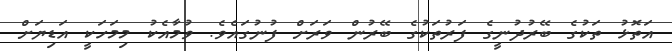
އަތޮޅު ތަކުގެ ބޭރުދުނީގެ ފަރުތަކުގެ ބޭރުން ވަރަށް ފުނުގައެވެ. ވުމާއެކު މިމަހަކީ އަޑިޔަށް